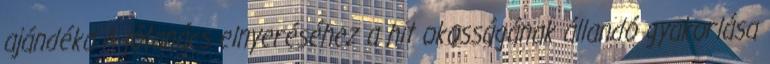
ajándéka A jótanács elnyeréséhez a hit okosságának állandó gyakorlása